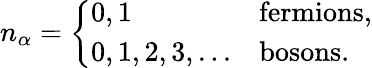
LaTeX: n_{\alpha}={\left\{ \begin{array}{ll}{0,1}&{{\mathrm{fermions,}}}\\ {0,1,2,3,...}&{{\mathrm{bosons.}}}\end{array}\right.}